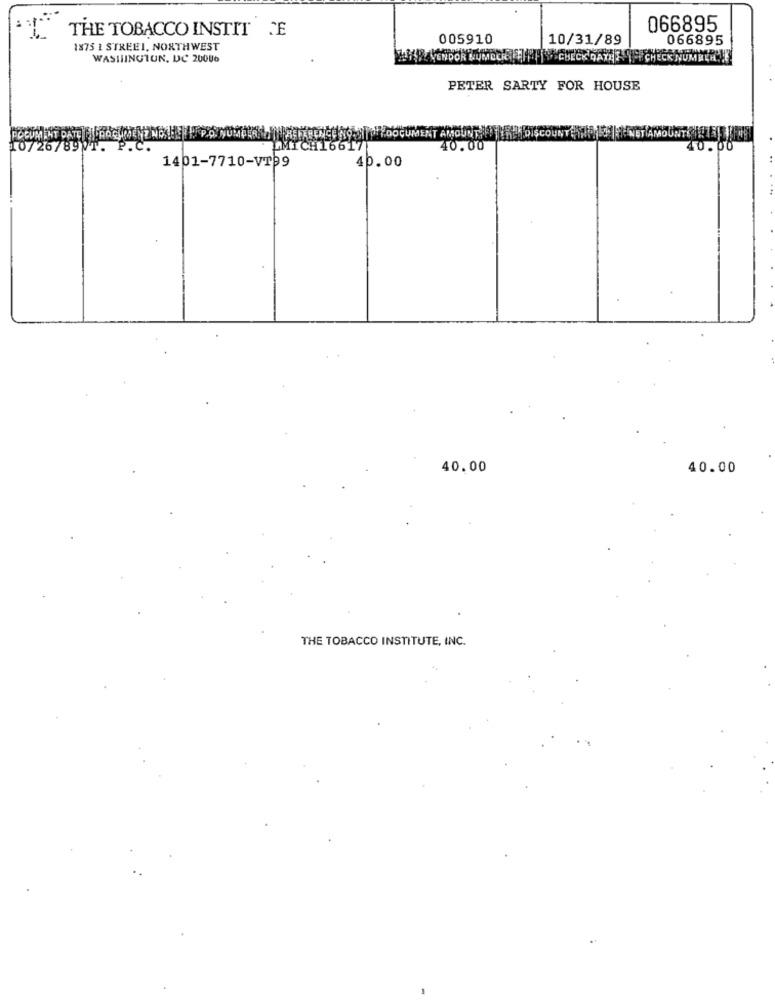
THE TOBACCO INSTIT JE
066895
005910
10/31/89
066895
1875 1 STREEI, NORTHWEST
WASHINGTON, DC 20006
PETER SARTY FOR HOUSE
JUNTE
MICH16617
40.00
1401-7710-VT99
40.00
40.00
40.00
THE TOBACCO INSTITUTE, INC.